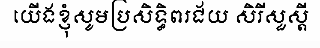
យើងខ្ញុំសូមប្រសិទ្ធិពរជ័យ សិរីសួស្តី